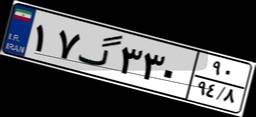
۹۴گ۹۶۴۲۴